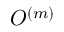
{ \cal O } ^ { ( m ) }